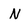
Character: N